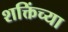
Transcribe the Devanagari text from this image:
शक्तिंच्या